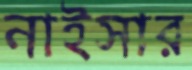
নাইসার